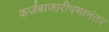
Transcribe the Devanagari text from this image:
कर्जबाजारीपणानंतर